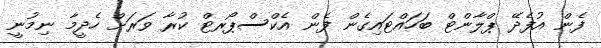
ފެން އުފެދޭ ޕްލާންޓް ބަހައްޓައިގެން ފެން އެކްސްޕޯރޓް ކުރާ ވަރަށް ހެދީމާ ނިމުނީ